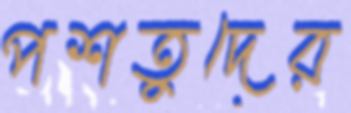
পশতুদের